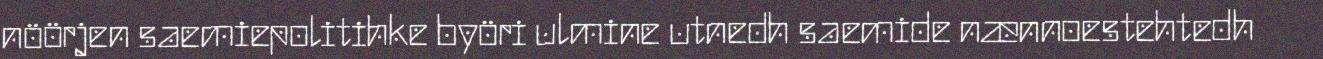
nöörjen saemiepolitihke byöri ulmine utnedh saemide nænnoestehtedh